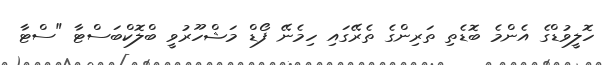
ހޮލީވުޑްގެ އެންމެ ބޮޑެތި ތަރިންގެ ތެރޭގައި ހިމެނޭ ފޯޑް މަޝްހޫރުވީ ބްލޮކްބަސްޓާ "ސްޓާ